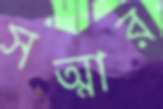
সত্মার